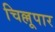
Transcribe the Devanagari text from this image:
चिल्लूपार